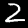
Label: 2